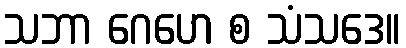
သဘာ ဂေဟေ စ သံသဒေ။